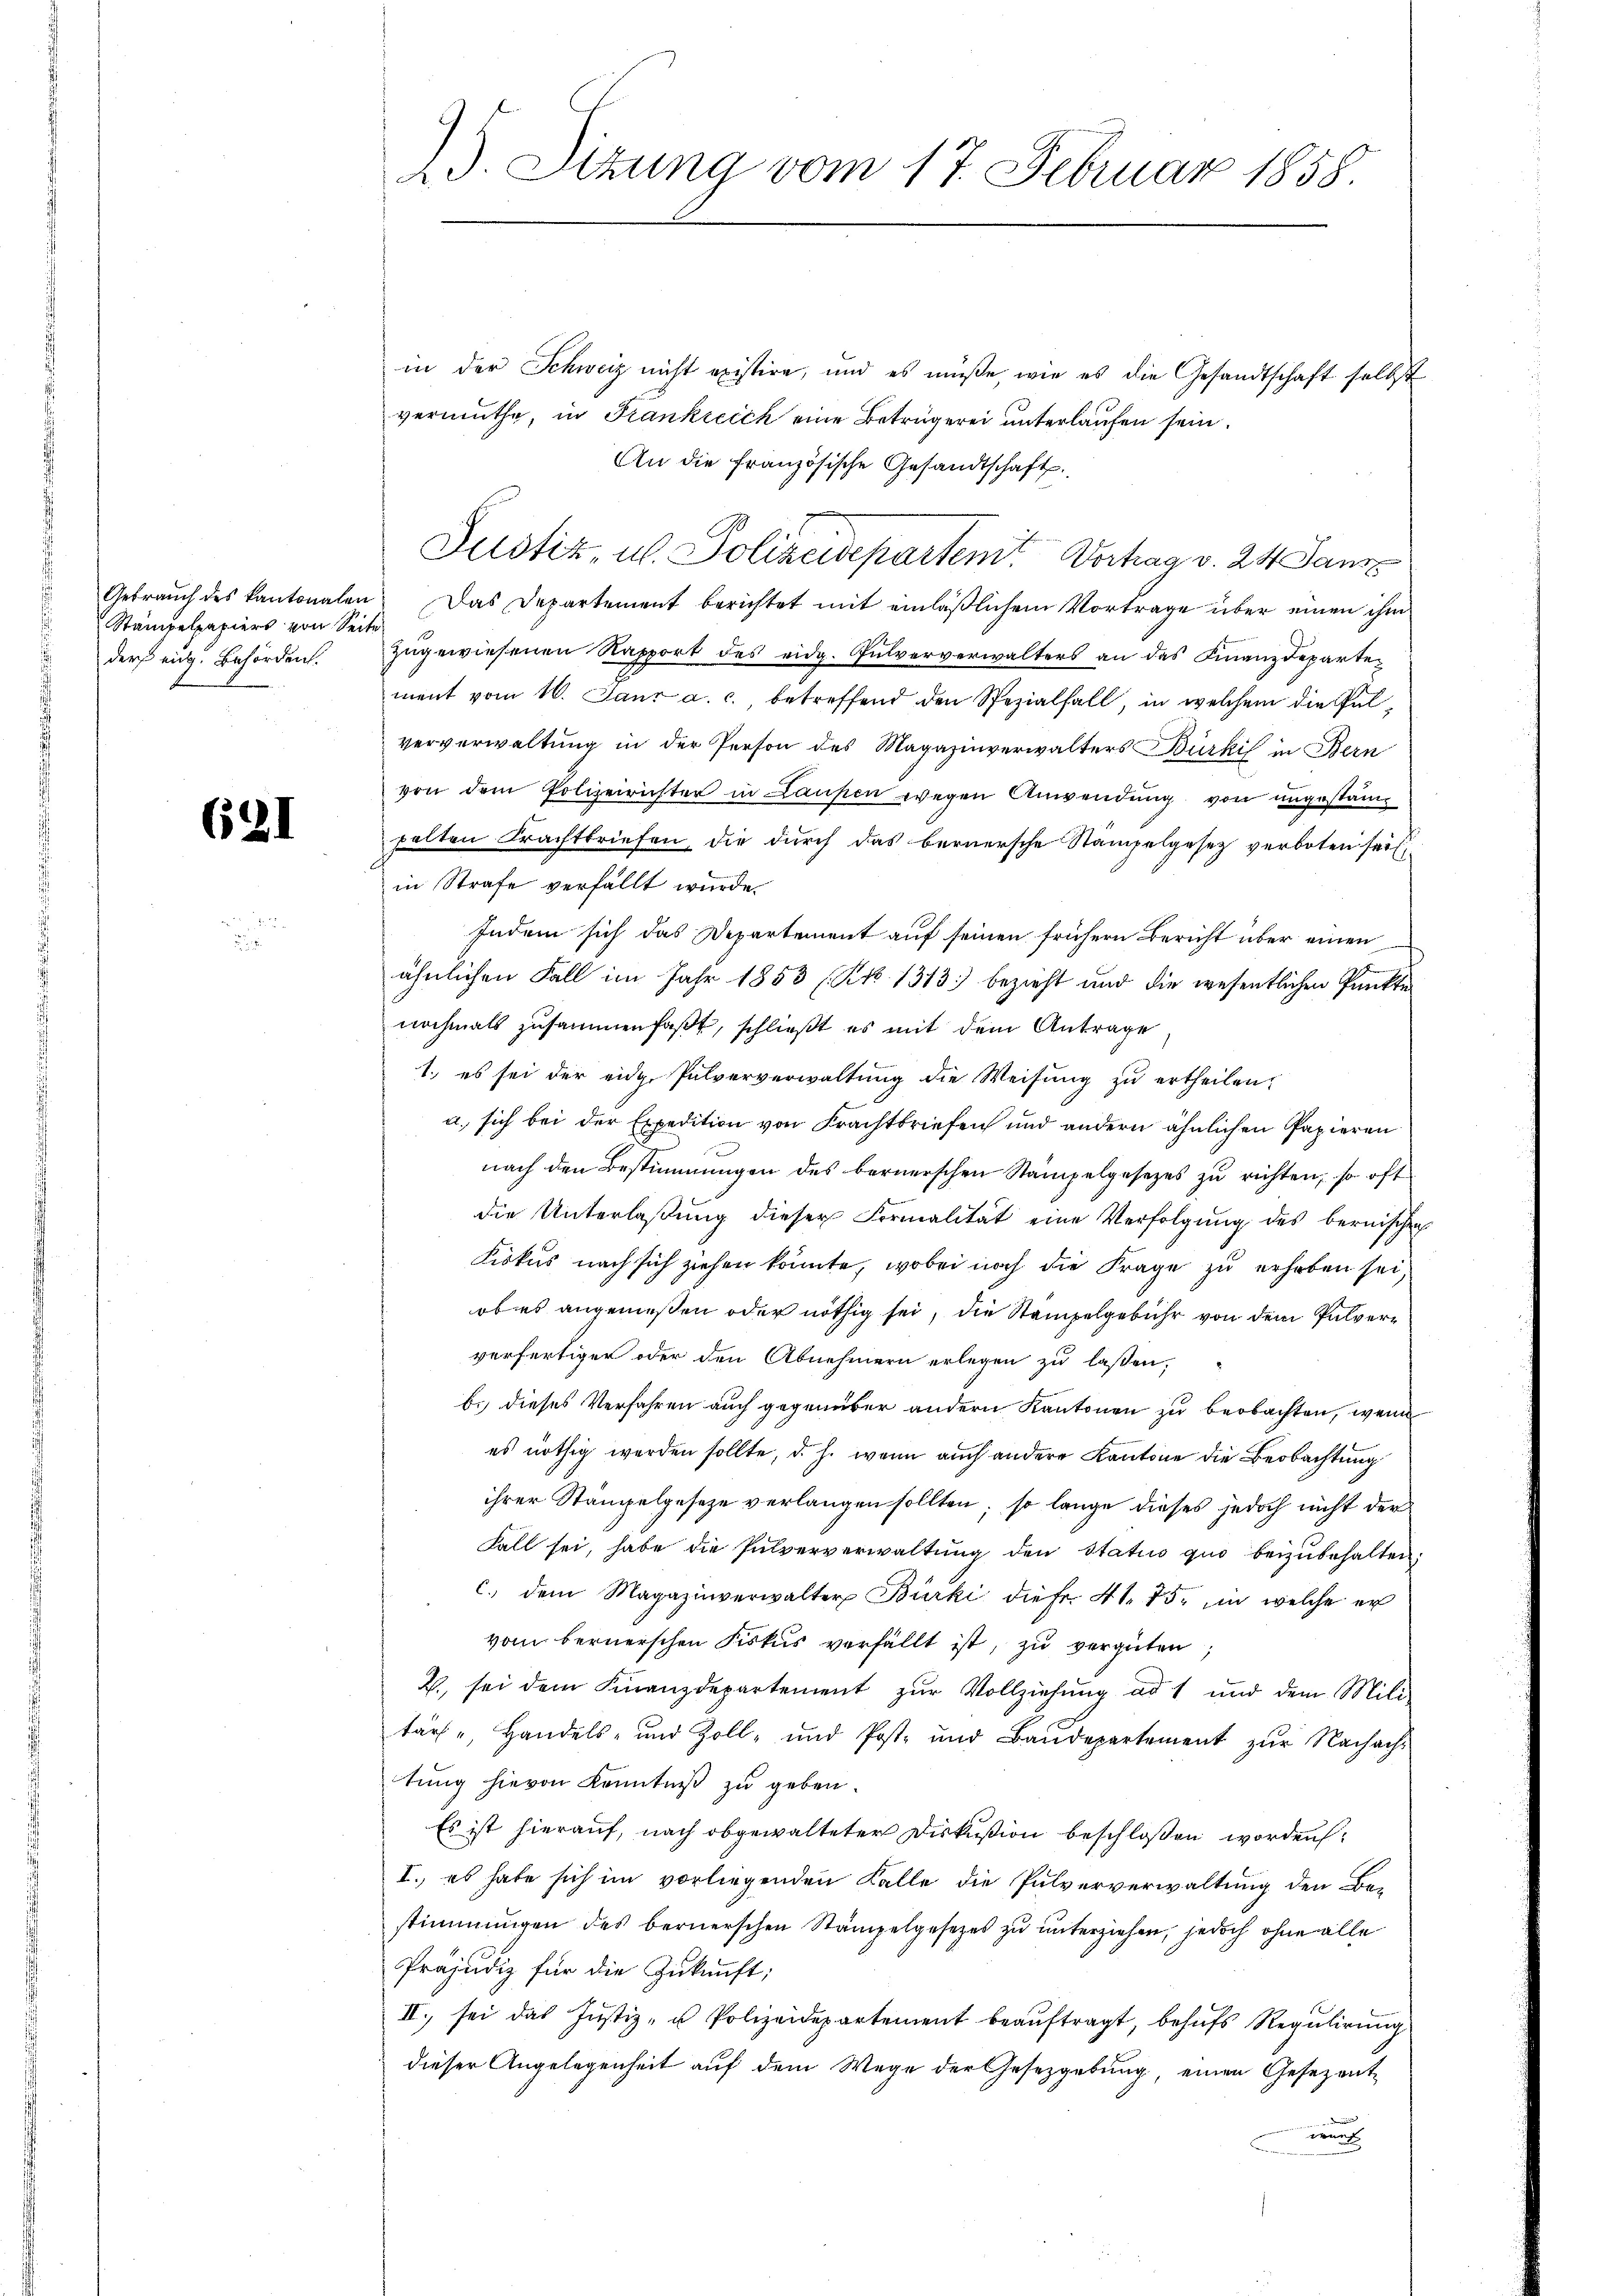
Stampelpapiers von Seite
der eit. Behörden.

621

J.J. Sizung vom 17. Februar 1858.

in der Schweiz nicht existire, und es müße, wie es die Gesandtschaft selbst
vermuthe, in Frankreich eine Betrügerei unterlaufen sein.
An die französische Gesandtschaft.
Justiz, u. Polizeidepartem Vorhag v. 24 Janz
Gebraŭch des kantonalen. Das Departement berichtet mit einläβlichem Vortrage über einen ihm
zugewiesenen Rapport des eidg. Pulververwalters an das Finanzdepartement vom 10. Janr a. c. betreffend den Spezialfall, in welchem die Pulververwaltung in der Person des Magazinverwalters Bürkis in Bern
von dem Polizeirichter in Laupen wegen Anwendung von ungestampelten Frachtbriefen, die durch das bernersche Stampelgesetz verboten seit
in Strafe verfällt wurde.
Indem sich das Departement auf seinen frühern Bericht über einen
ähnlichen Fall im Jahr 1853 (Kk. 1313) bezieht und die wesentlichen Punkte
nochmals zusammenfaßt, schließt es mit dem Antrage
1. es sei der eidg. Pulververwaltung die Weisung zu ertheilen,
a., sich bei der Expedition von Krachtbriefen und andern ähnlichen Papieren
nach den Bestimmungen des bernerschen Stämpelgesezes zu richten, so oft
die Unterlaßung dieser Formalität eine Verfolgung des bernischen
Liskus nach sich ziehen könnte, wobei noch die Frage zu erhaben sei,
obes angemeßen oder nöthig sei, die Stempelgebühr von dem Palververfertiger oder den Abnehmern erlegen zu lassen,
b.) dieses Verfahren auch gegenüber andern Kantonen zu beobachten, wenn
es nöthig werden sollte, d. h. wenn auch andere Kantone die Beobachtung
ihrer Stämpelgesetze verlangen sollten; so lange dieses jedoch nicht der
Fall sei, habe die Pulververwaltŭng den Status quo beizŭbehalten;
c. dem Magazinverwalter Bürki diefr. 41. 75. in welche er
vom bernerschen Fiskus verfällt ist, zu vergüten
2., sei dem Finanzdepartement zur Vollziehung ad 1 und dem Mili-
tär, Handels- und Zoll- und Post- und Baŭdepartement zŭr Nachach-
tung hievon Kenntniß zu geben.
Es ist hierauf, nach obgewalteter Diskußion beschloßen worden,
I., es habe sich im vorliegenden Kalle die Pulververwaltung den Be-
stimmungen des bernerschen Stämpelgesetzes zu unterziehen, jedoch ohne alle
Präjudiz für die Zukunft;
II.) sei das Justiz- u Polizeidepartement beaŭftragt, behŭfs Regulirung
dieser Angelegenheit auf dem Wege der Gesetzgebung, einen Gesezent
irung
¬